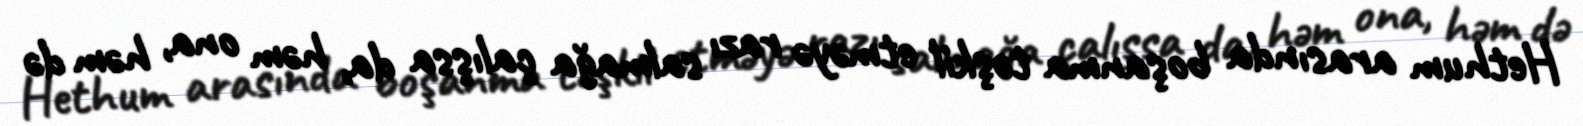
Hethum arasında boşanma təşkil etməyə razı salmağa çalışsa da, həm ona, həm də